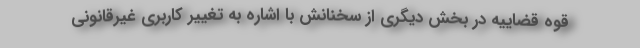
قوه قضاییه در بخش دیگری از سخنانش با اشاره به تغییر کاربری غیرقانونی